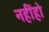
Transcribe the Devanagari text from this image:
नहींहो